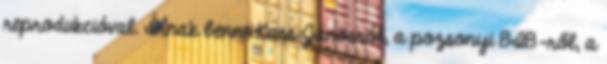
reprodukcióval. Írnak benne Kass Jánosról, a pozsonyi BIB-ről, a